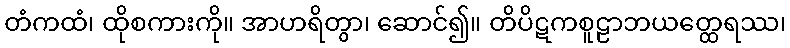
တံကထံ၊ ထိုစကားကို။ အာဟရိတွာ၊ ဆောင်၍။ တိပိဋကစူဠာဘယတ္ထေရဿ၊